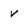
Character: v